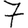
Digit: 7